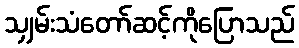
သျှမ်းသံတော်ဆင့်ကိုပြောသည်